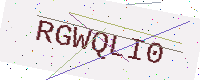
Text: RGWQLI0